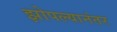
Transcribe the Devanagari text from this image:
झोपल्यानंतर